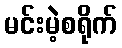
မင်းမဲ့စရိုက်